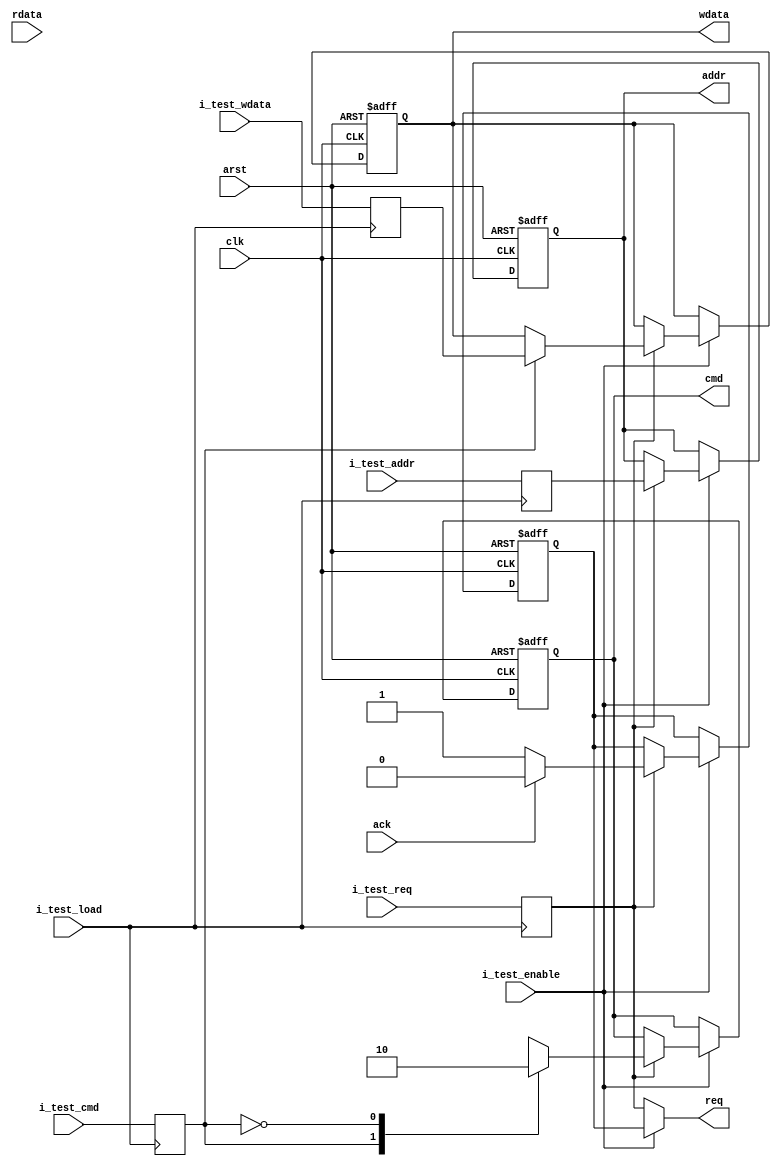
//   
module master
(
     //     
     input  [31:0]         i_test_addr,
	 input  [31:0]         i_test_wdata,
	 input                 i_test_cmd,
	 input                 i_test_req,
	 input                 i_test_enable,
	 input                 i_test_load,
	 //       
     input                 clk,
     input                 arst,
	 input                 ack,
     input  [31:0]         rdata,
     output                req,
     output reg            cmd,
     output reg [31:0]     addr,
     output reg [31:0]     wdata
	 );
	 
reg [31:0] addr_reg, wdata_reg;
reg cmd_reg, req_reg, process_req_reg;

assign req = i_test_enable ? process_req_reg : req_reg;

//      
always @(posedge i_test_load) begin
 if (i_test_load) begin
  addr_reg <= i_test_addr;
  wdata_reg <= i_test_wdata;
  cmd_reg <= i_test_cmd;
  req_reg <= i_test_req;
  end
end
  

always @(posedge clk,posedge arst)
begin
  if (arst) begin
   process_req_reg <= 1'b0;
   cmd <= 1'b0;
   addr <= 0;
   wdata <= 0;
    end
	 else begin
	  if (i_test_enable) begin
	   if (req_reg) begin
	    case (cmd_reg)
		// 
		1:  
		   begin
		    addr <= addr_reg;
			wdata <= wdata_reg;
			cmd <= cmd_reg;
		   end
		// 
		0:
		   begin
		    addr <= addr_reg;
			cmd <= cmd_reg;
		   end
		default: 
		        begin
		         addr <= 0;
			     wdata <= 0;
			     cmd <= 1'b0;
			     process_req_reg <= 1'b0;
				end
		endcase
		
		if (ack) begin
		  process_req_reg <= 1'b0; end
		  else begin
		  process_req_reg <= 1'b1; end
	end
end
end

end


endmodule